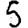
Digit: 5